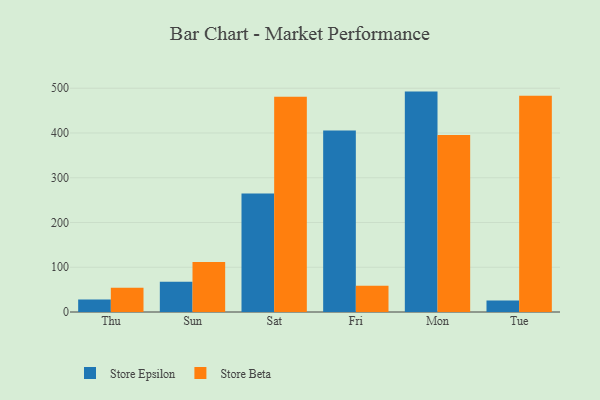
{"axis": {"x": "Day", "y": "Headcount"}, "legend": ["Store Beta", "Store Epsilon"], "data": [{"x": "Thu", "y": 27.8, "type": "Store Epsilon"}, {"x": "Thu", "y": 54.1, "type": "Store Beta"}, {"x": "Sun", "y": 67.4, "type": "Store Epsilon"}, {"x": "Sun", "y": 111.6, "type": "Store Beta"}, {"x": "Sat", "y": 264.9, "type": "Store Epsilon"}, {"x": "Sat", "y": 480.9, "type": "Store Beta"}, {"x": "Fri", "y": 405.5, "type": "Store Epsilon"}, {"x": "Fri", "y": 58.9, "type": "Store Beta"}, {"x": "Mon", "y": 492.5, "type": "Store Epsilon"}, {"x": "Mon", "y": 395.7, "type": "Store Beta"}, {"x": "Tue", "y": 25.8, "type": "Store Epsilon"}, {"x": "Tue", "y": 483.3, "type": "Store Beta"}]}